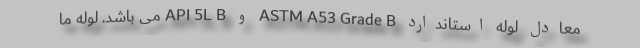
معادل لوله استاندارد ASTM A53 Grade B و API 5L B می باشد. لوله ما